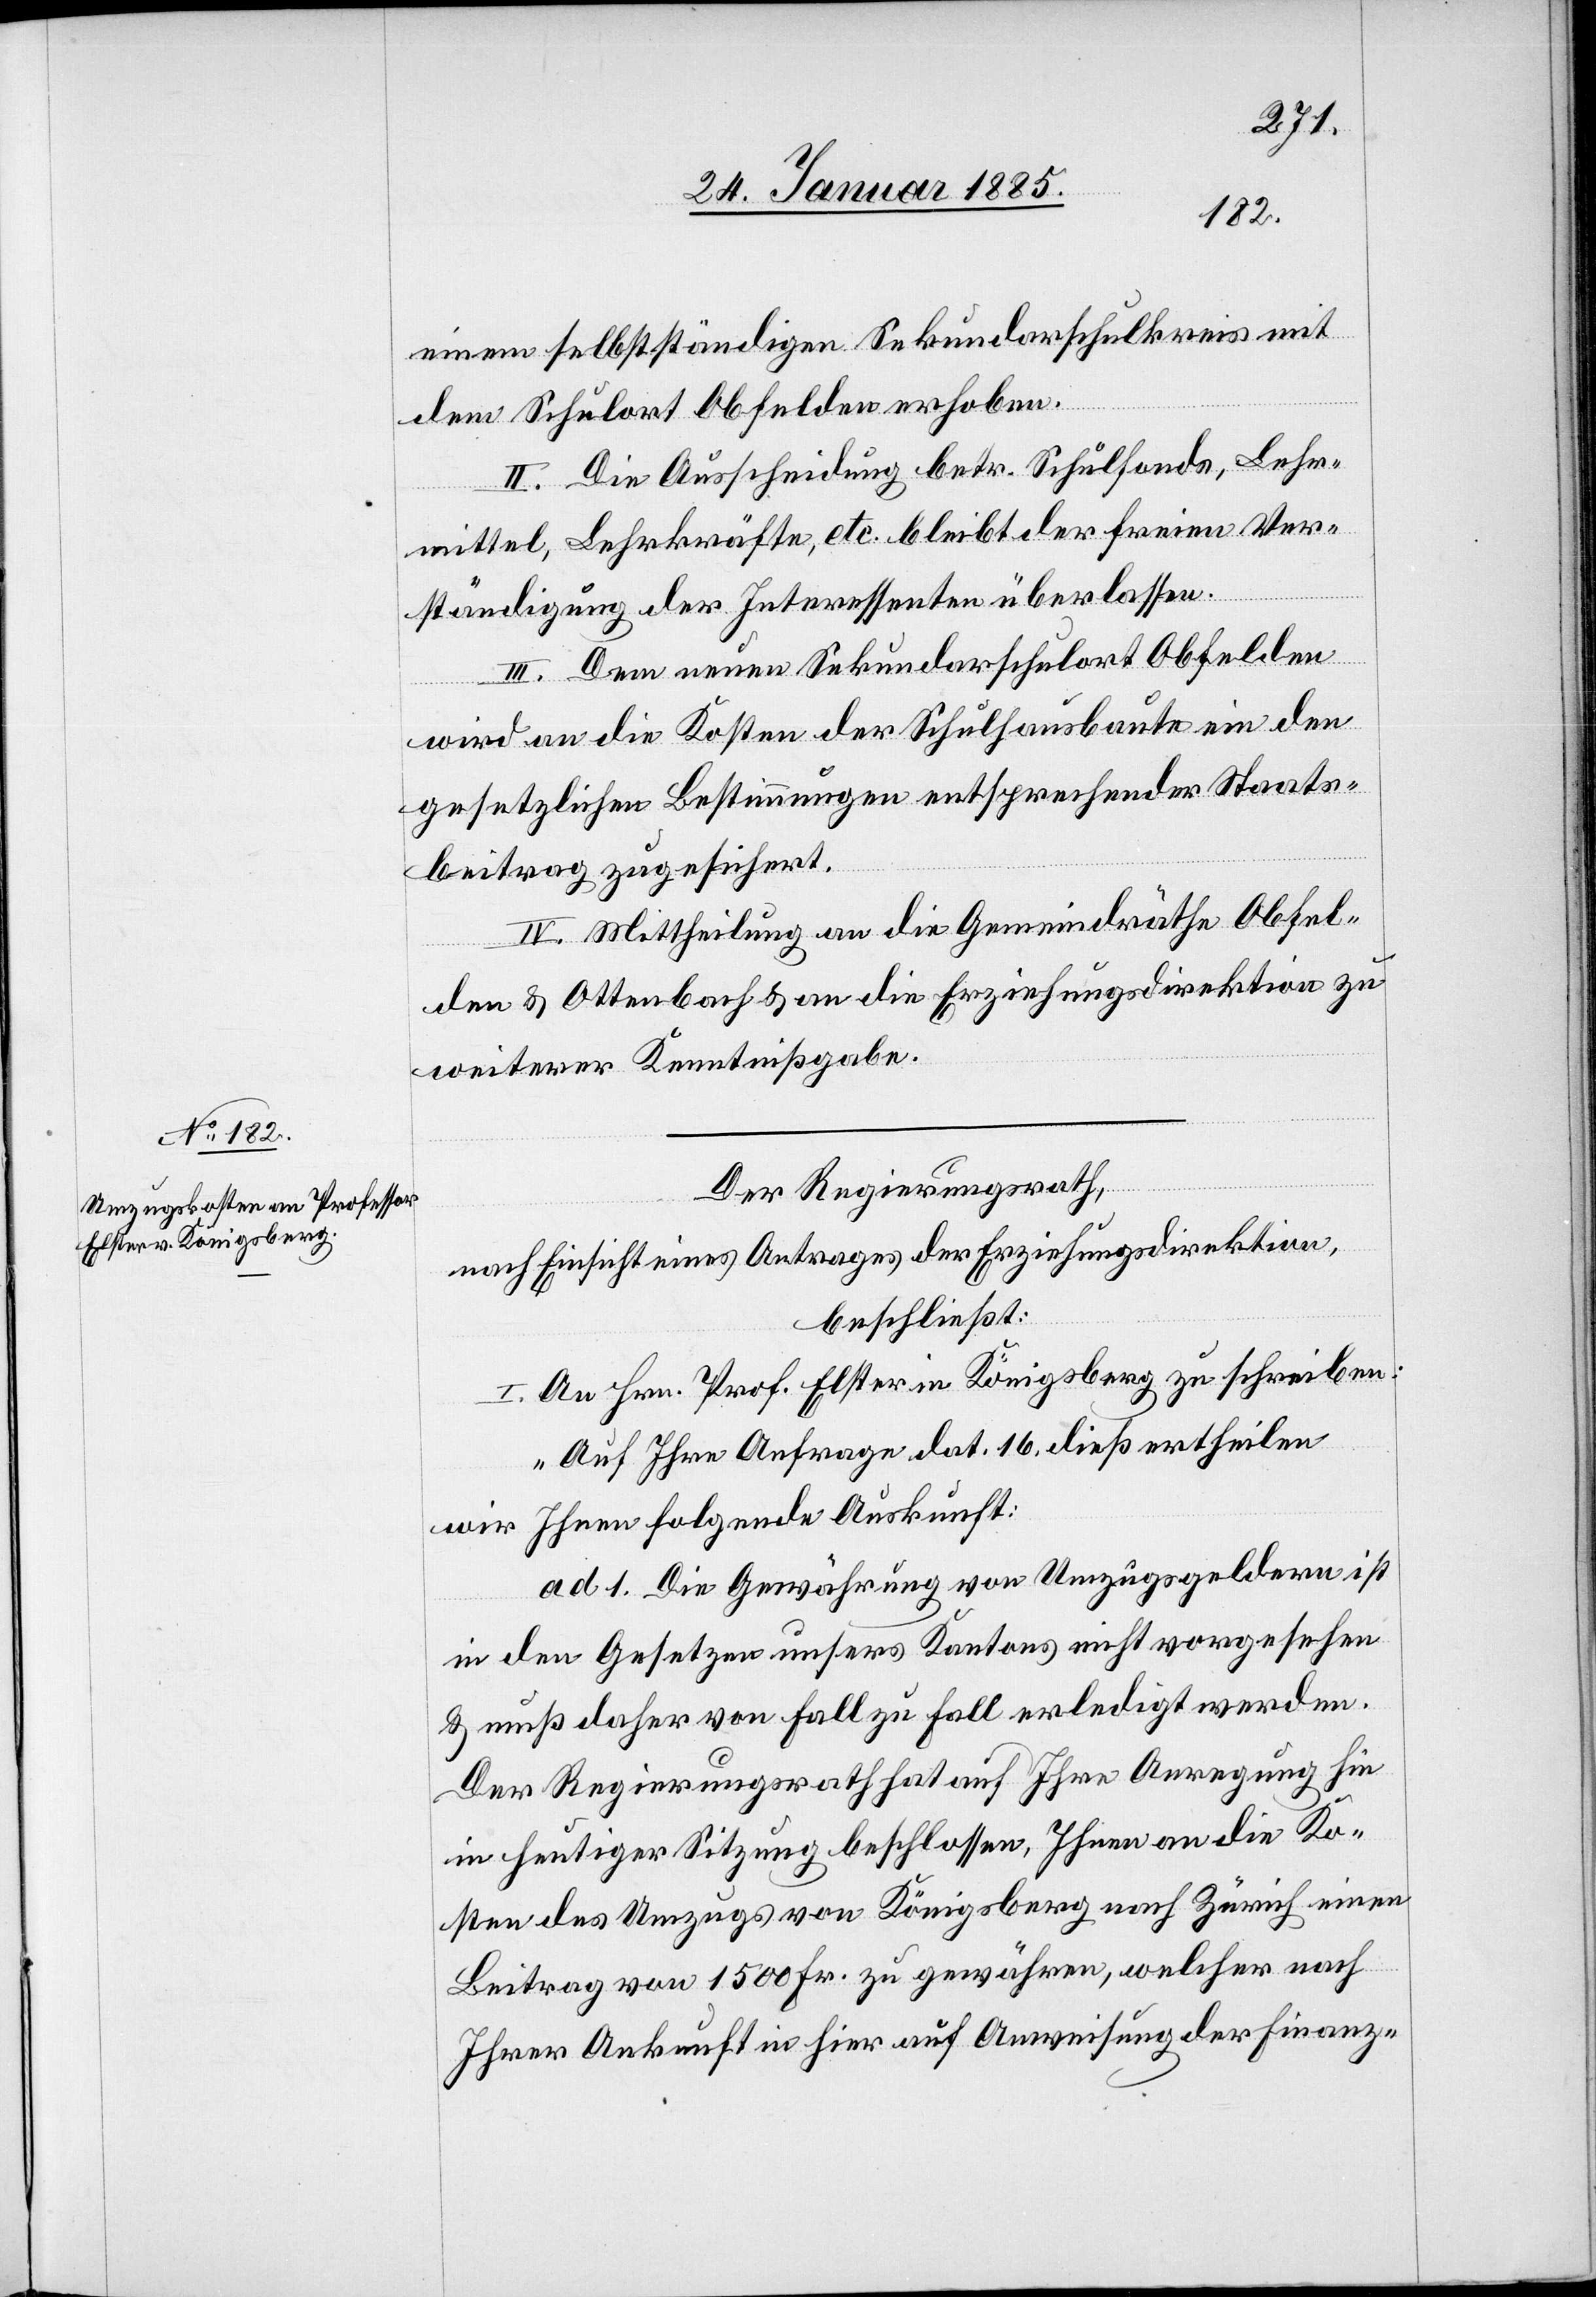
einem selbstständigen Sekundarschulreis mit
dem Schulort Obfelden erhoben.
II. Die Ausscheidung betr. Schulfonds, Lehr¬
mittel, Lehrkräfte, etc. bleibt der freien Ver¬
ständigung der Interessenten überlassen.
III. Dem neuen Sekundarschulort Obfelden
wird an die Kosen der Schulhausbaute ein den
gesetzlichen Bestimmungen entsprechender Staats¬
beitrag zugesichert.
IV. Mittheilung an die Gemeindräthe Obfel¬
den & Ottenbach & an die Erziehungsdirektion zu
weiterer Kenntnißgabe.
Der Regierungsrath,
nach Einsicht eines Antrages der Erziehungsdirektion,
beschließt:
I. An Hrn. Prof. Elster in Königsberg zu schreiben:
„Auf Ihre Anfrage dat. 16. dieß ertheilen
wir Ihnen folgende Auskunft:
ad. 1. Die Gewährung von Umzugsgeldern ist
in den Gesetzen unsers Kantons nicht vorgesehen
& muß daher von Fall zu Fall erledigt werden.
Der Regierungsrath hat auf Ihre Anregung hin
in heutiger Sitzung beschlossen, Ihnen an die Ko¬
sten des Umzugs von Königsberg nach Zürich einen
Beitrag von 1500 Fr. zu gewähren, welcher nach
Ihrer Ankunft in hier auf Anweisung der Finanz-